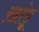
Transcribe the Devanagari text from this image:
ख़ांडू